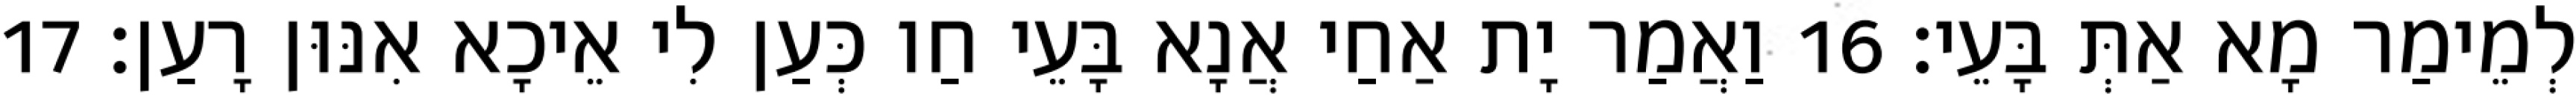
לְמֵימַר מָא אַתְּ בָּעֵי׃ 16 וַאֲמַר יָת אַחַי אֲנָא בָּעֵי חַו כְּעַן לִי אֵיכָא אִנּוּן רָעַן׃ 17